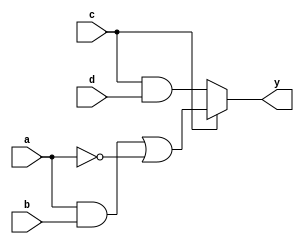
module multi_level_simplification (
    input wire a,          // Input signal A
    input wire b,          // Input signal B
    input wire c,          // Input signal C
    input wire d,          // Input signal D
    output wire y          // Output signal Y
);

// Intermediate signals for multi-level processing
wire and1_out, and2_out, or1_out, not1_out, mux_out;

// Level 1: Basic logic gates
// AND gates
and and1 (and1_out, a, b);     // AND gate: a AND b
and and2 (and2_out, c, d);     // AND gate: c AND d

// NOT gate
not not1 (not1_out, a);        // NOT gate: NOT a

// Level 2: Combining outputs using OR and MUX
// OR gate
or or1 (or1_out, and1_out, not1_out); // OR gate: (a AND b) OR (NOT a)

// MUX to select between two paths based on input c
assign mux_out = (c) ? or1_out : and2_out; // MUX: selects output based on c

// Final output stage
assign y = mux_out; // Final output Y

endmodule